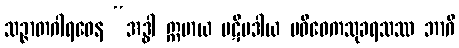
သဉ္ဇာတဂါရဝေန “အဒ္ဓါ ဣမာယ ပဋိပဒါယ ပဝိဝေကသုခရသဿ ဘာဂီ